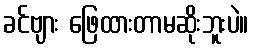
ခင်ဗျား ဖြေထားတာမဆိုးဘူးပဲ။